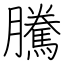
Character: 騰